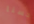
حسنا